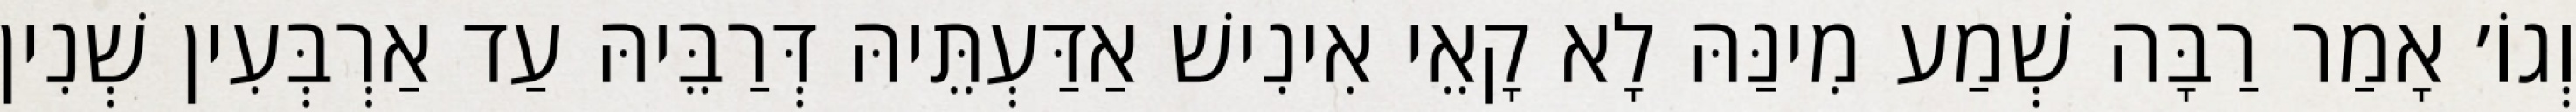
וְגוֹ׳ אָמַר רַבָּה שְׁמַע מִינַּהּ לָא קָאֵי אִינִישׁ אַדַּעְתֵּיהּ דְּרַבֵּיהּ עַד אַרְבְּעִין שְׁנִין